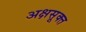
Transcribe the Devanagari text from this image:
अक्षसूक्त